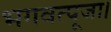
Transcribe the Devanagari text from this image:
भगवत्पूजा।